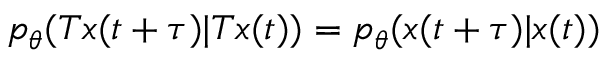
p _ { \theta } ( T x ( t + \tau ) | T x ( t ) ) = p _ { \theta } ( x ( t + \tau ) | x ( t ) )